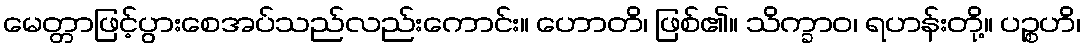
မေတ္တာဖြင့်ပွားစေအပ်သည်လည်းကောင်း။ ဟောတိ၊ ဖြစ်၏။ သိက္ခာဝ၊ ရဟန်းတို့။ ပဉ္စဟိ၊